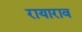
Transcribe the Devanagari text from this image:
रायाराव